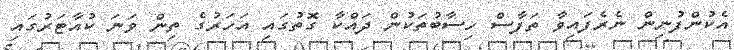
އެކުންފުނިން ނެރެފައިވާ ތަފާސް ހިސާބުތަކުން ދައްކާ ގޮތުގައި އަހަރުގެ ތިން ވަނަ ކުއާޓަރުގައި